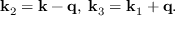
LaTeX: { \bf k } _ { 2 } = { \bf k } - { \bf q } , \; { \bf k } _ { 3 } = { \bf k } _ { 1 } + { \bf q } .